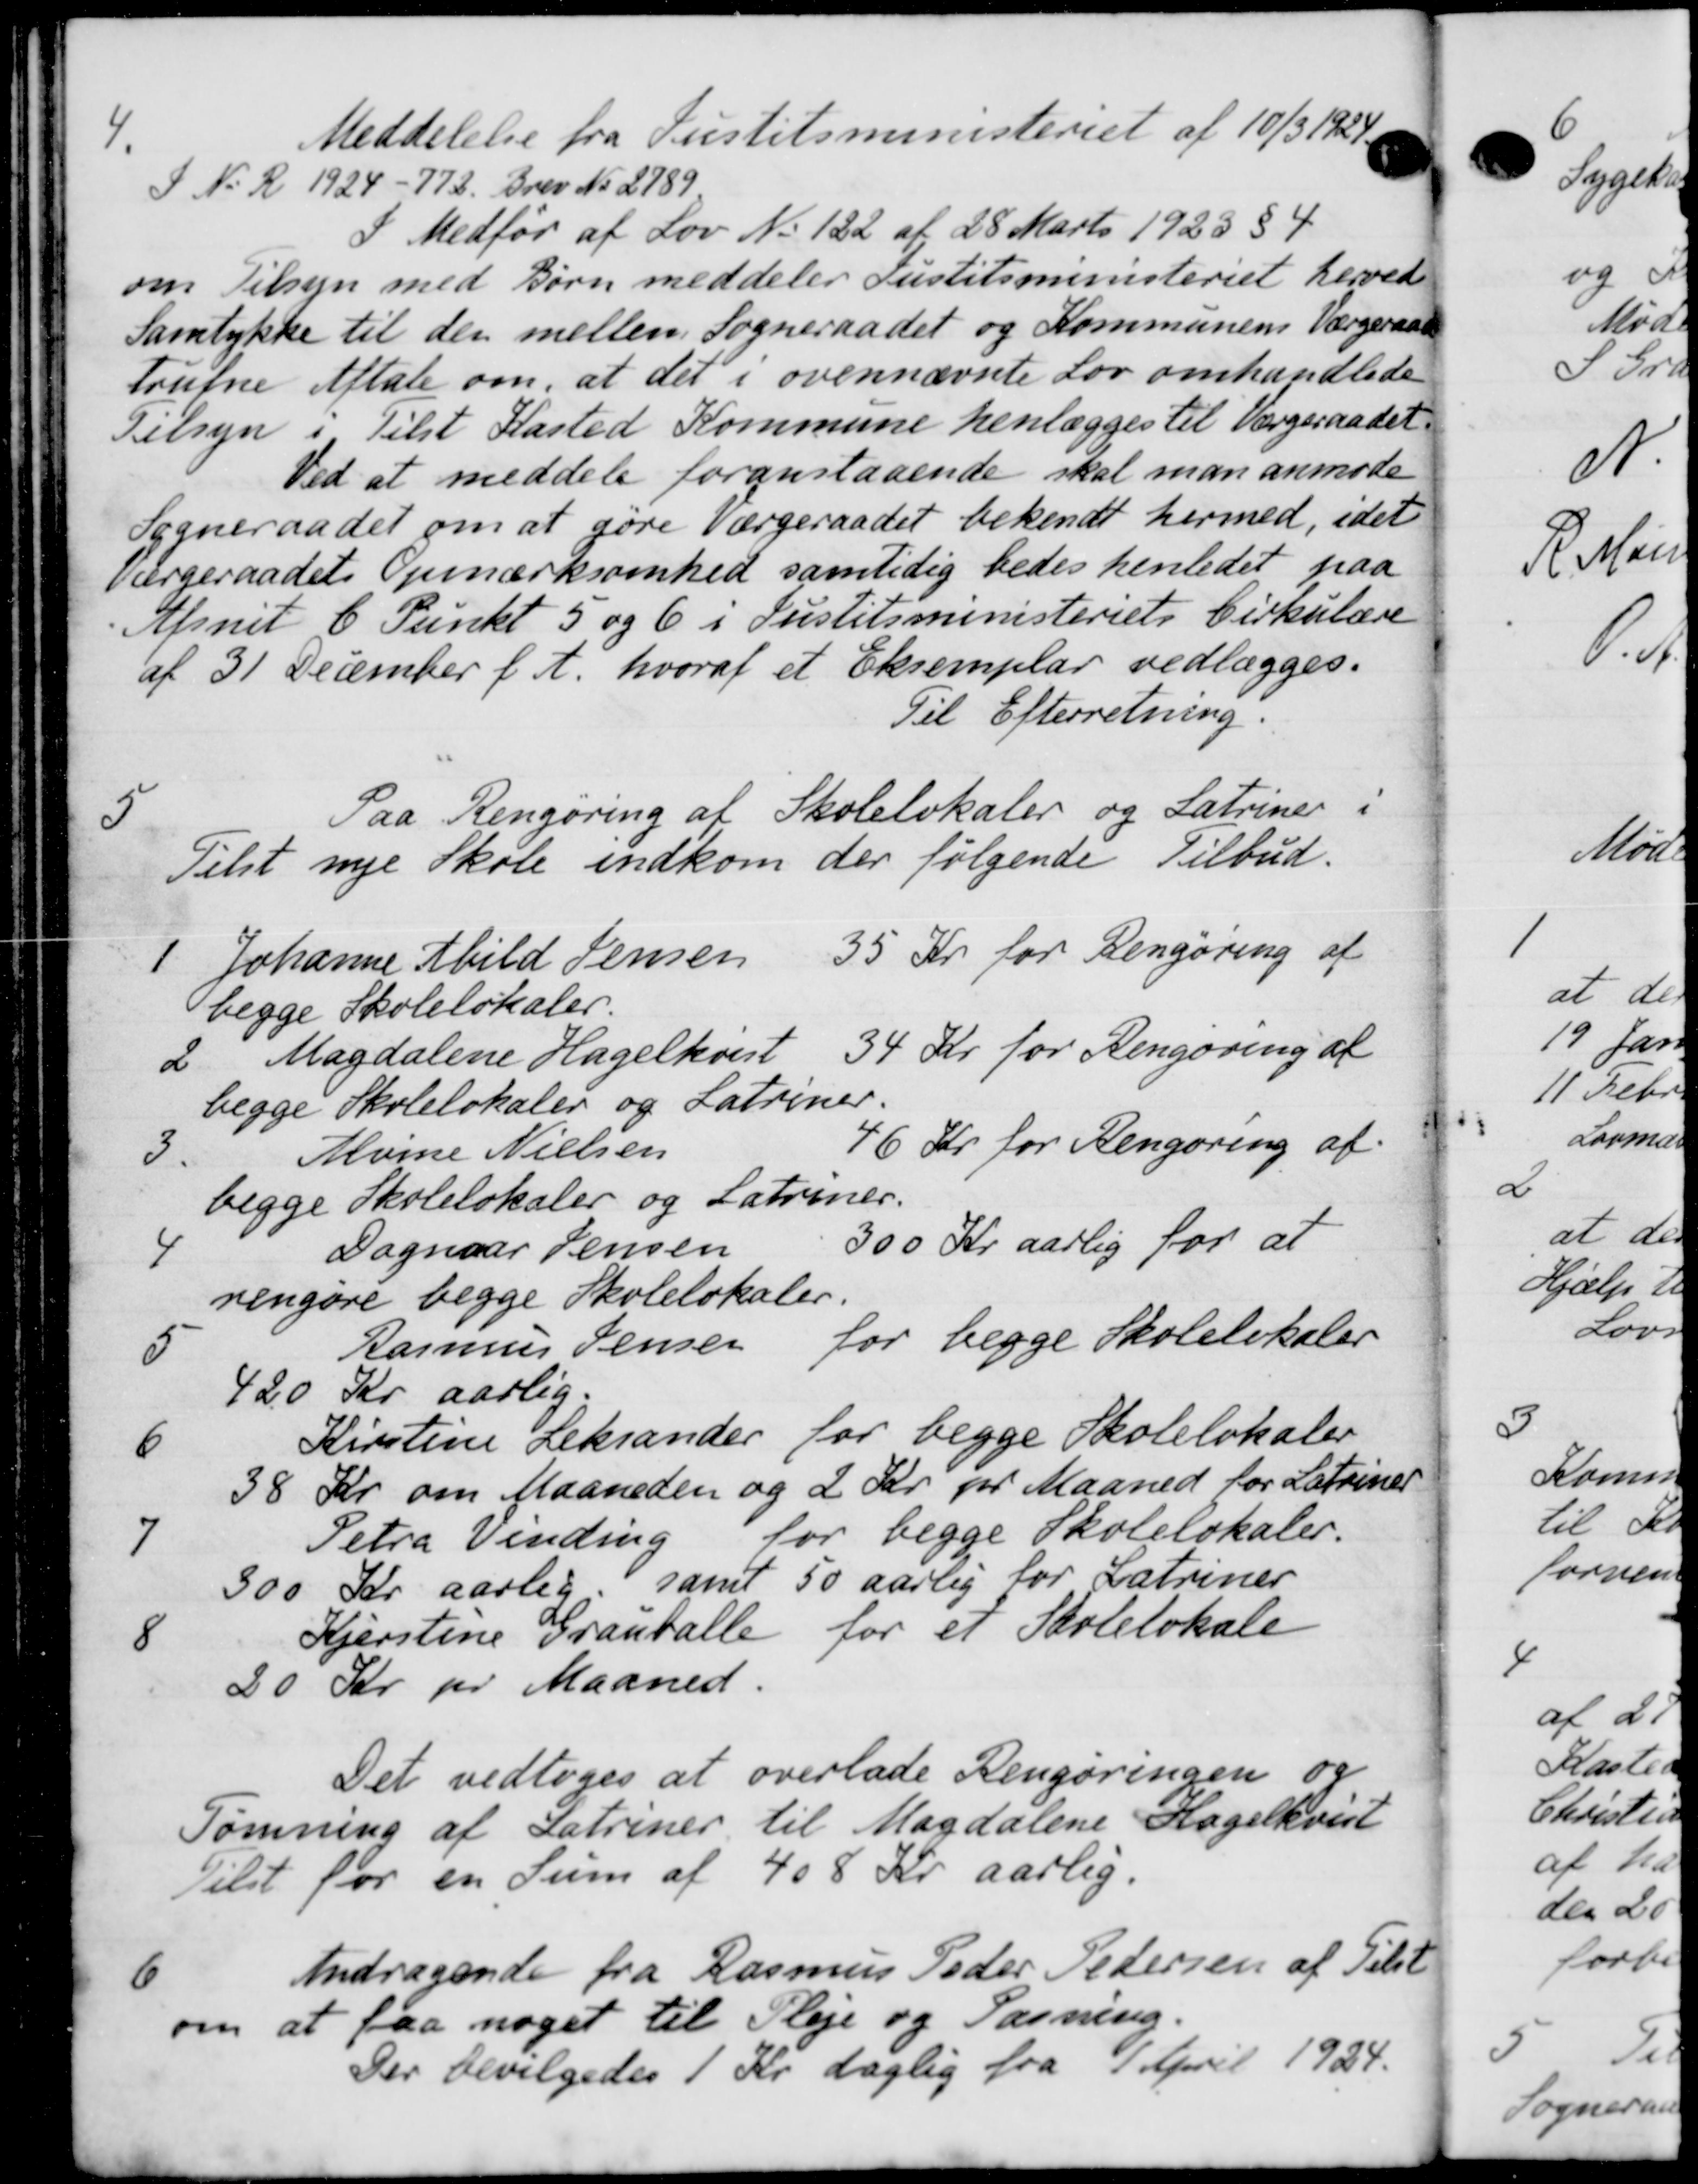
Transskription:
1
Meddelelse fra Justitsministeriet af 10/3 1924.
I No R 1924 - 772. Brev No 2789.
I Medfør af Lov No. 122 af 28 Marts 1923 § 4
om Tilsyn med Børn meddeler Justitsministeriet herved
Samtykke til den mellem Sogneraadet og Kommunens Værgeraad
trufne Aftale om, at det i ovennævnte Lov omhandlede
Tilsyn i Tilst Kasted Kommune henlægges til Værgeraadet
Ved at meddele foranstaaende skal man anmode
Sogneraadet om at gøre Værgeraadet bekendt hermed, idet
værgeraadets Opmærksomhed samtidig bedes henledet paa
Afsnit 6 Punkt 5 og 6 i Justitsministeriets Cirkulære
af 31 December f. A. hvoraf et Eksemplar vedlægges.
Til Efterretning.
5
Paa Rengøring af Skolelokaler og Latriner i
Telst nye Skole indkom der følgende Tilbud.
1 Johanne Abild Jensen
35 Kr for Rengøring af
begge Skolelokaler.
34 Kr for Rengøring af
2. Magdalene Hagelkvist
begge Skolelokaler og Latriner.
3. Moine Nielsen
46 Kr for Rengøring af
begge Skolelokaler og Latriner.
300 Kr aarlig for at
4 Dognaar Jensen
rengøre begge Skolelokaler.
5 Rasmus Jensen for begge Skolelokaler
420 Kr aarlig.
6 Kirstine Leksander for begge Skolelokaler
38 Kr. om Maaneden og 2 Kr. pr Maaned for Latriner
7 Petra Vinding
for begge Skolelokaler.
300 Kr aarlig, samt 50 aarlig for Katriner
8 Kjerstine Grauballe for et Skolelokale
20 Kr pr Maaned.
Det vedtoges at overlade Rengøringen og
Tømning af Fatriner til Magdalene Hagelkvist
Tilst for en Sum af 408 Kr. aarlig.
6.
Andragende fra Rasmus Peder Pedersen af Tilst
om at faa noget til Pleje og Pasning.
Der bevilgedes 1 Kr daglig fra 1 April 1924.

5
Sogn